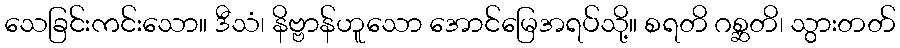
သေခြင်းကင်းသော။ ဒီသံ၊ နိဗ္ဗာန်ဟူသော အောင်မြေအရပ်သို့။ စရတိ ဂစ္ဆတိ၊ သွားတတ်